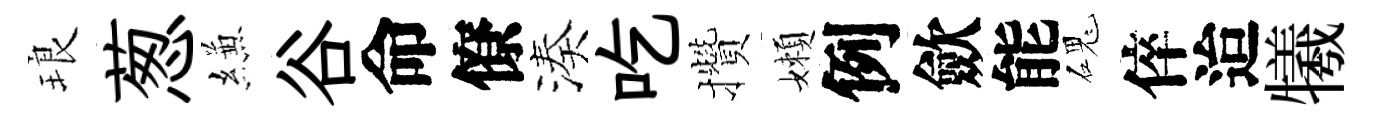
琅葱縑谷命僚湊吃攢嬾例歛能磈倅迨犧